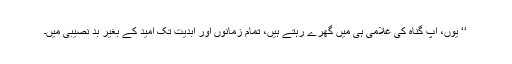
‘‘ یوں، آپ گناہ کی غلامی ہی میں گِھرے رہتے ہیں، تمام زمانوں اور ابدیت تک اُمید کے بغیر بد نصیبی میں۔